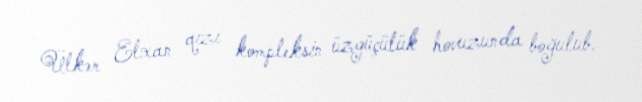
Ülkər Elxan qızı kompleksin üzgüçülük hovuzunda boğulub.